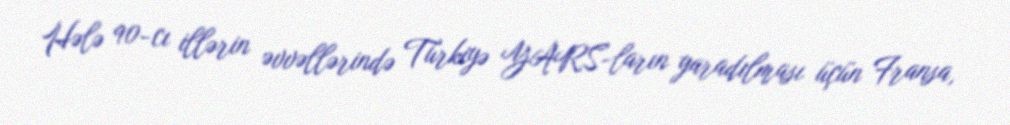
Hələ 90-cı illərin əvvəllərində Türkiyə YARS-ların yaradılması üçün Fransa,